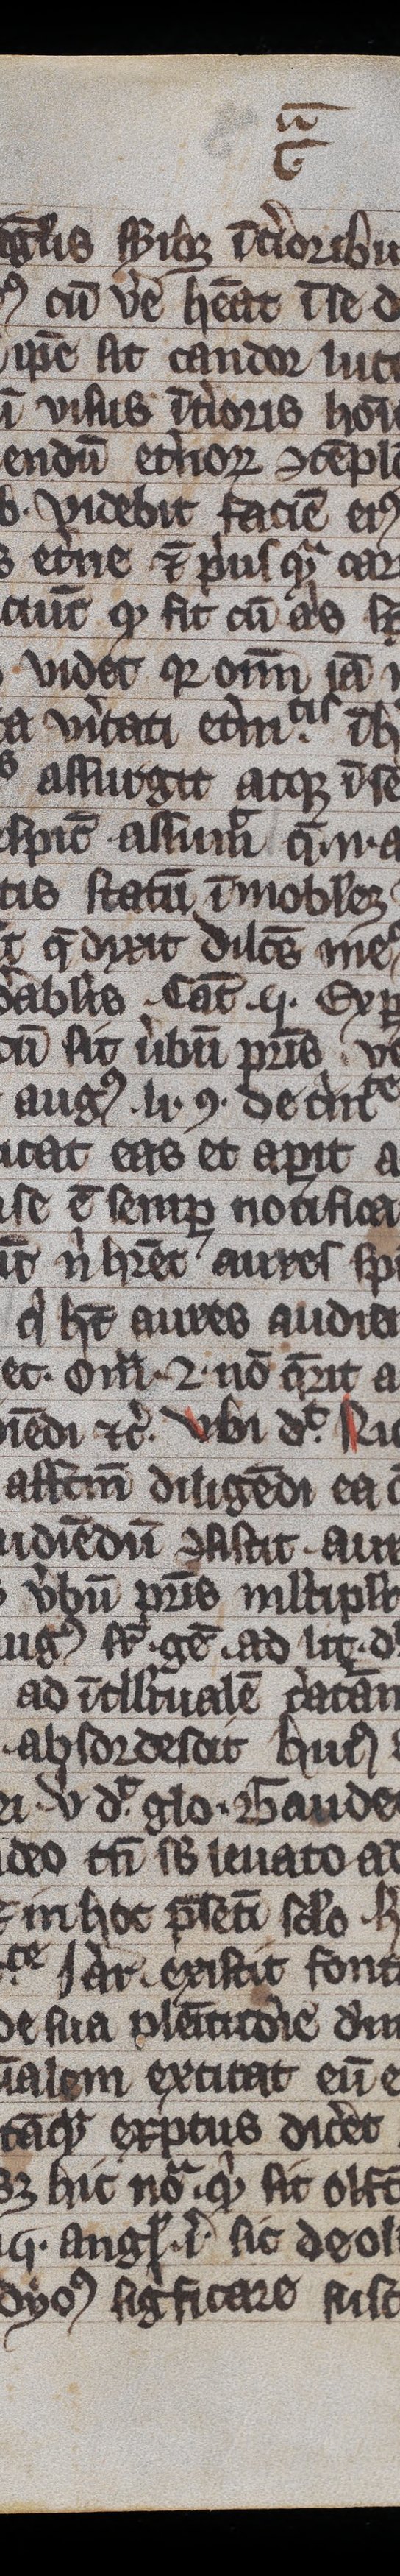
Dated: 1300–1399